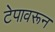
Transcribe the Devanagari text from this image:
टेपावरून